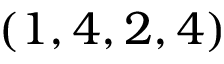
( 1 , 4 , 2 , 4 )